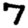
Digit: 7